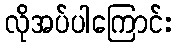
လိုအပ်ပါကြောင်း